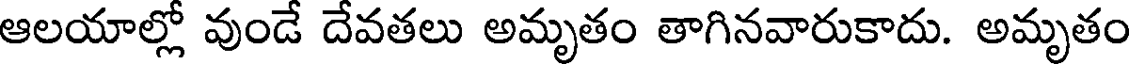
ఆలయాల్లో వుండే దేవతలు అమృతం తాగినవారుకాదు. అమృతం